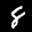
Label: 8